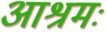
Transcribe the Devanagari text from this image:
आश्रमः